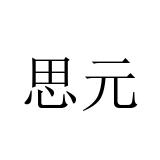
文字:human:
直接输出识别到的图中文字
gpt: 思元